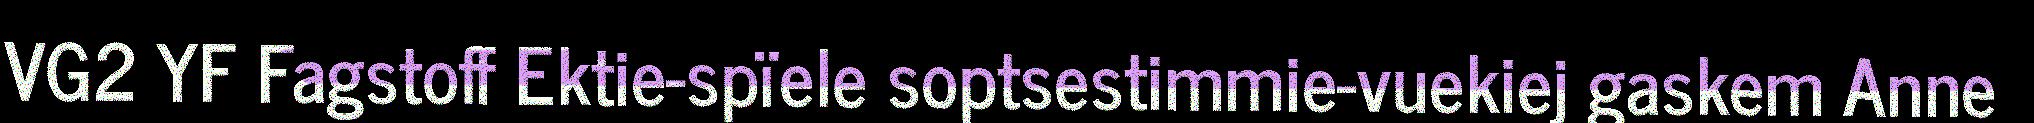
VG2 YF Fagstoff Ektie-spïele soptsestimmie-vuekiej gaskem Anne